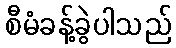
စီမံခန့်ခွဲပါသည်